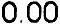
0.00